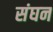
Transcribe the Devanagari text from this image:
संघन